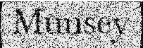
Munsey